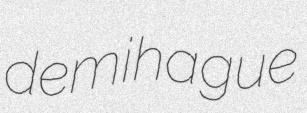
demihague